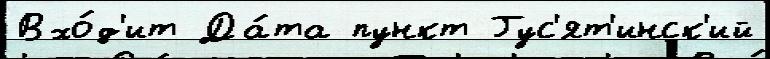
Вхо́д'ит Да́та пункт Гус'ят'инск'ий